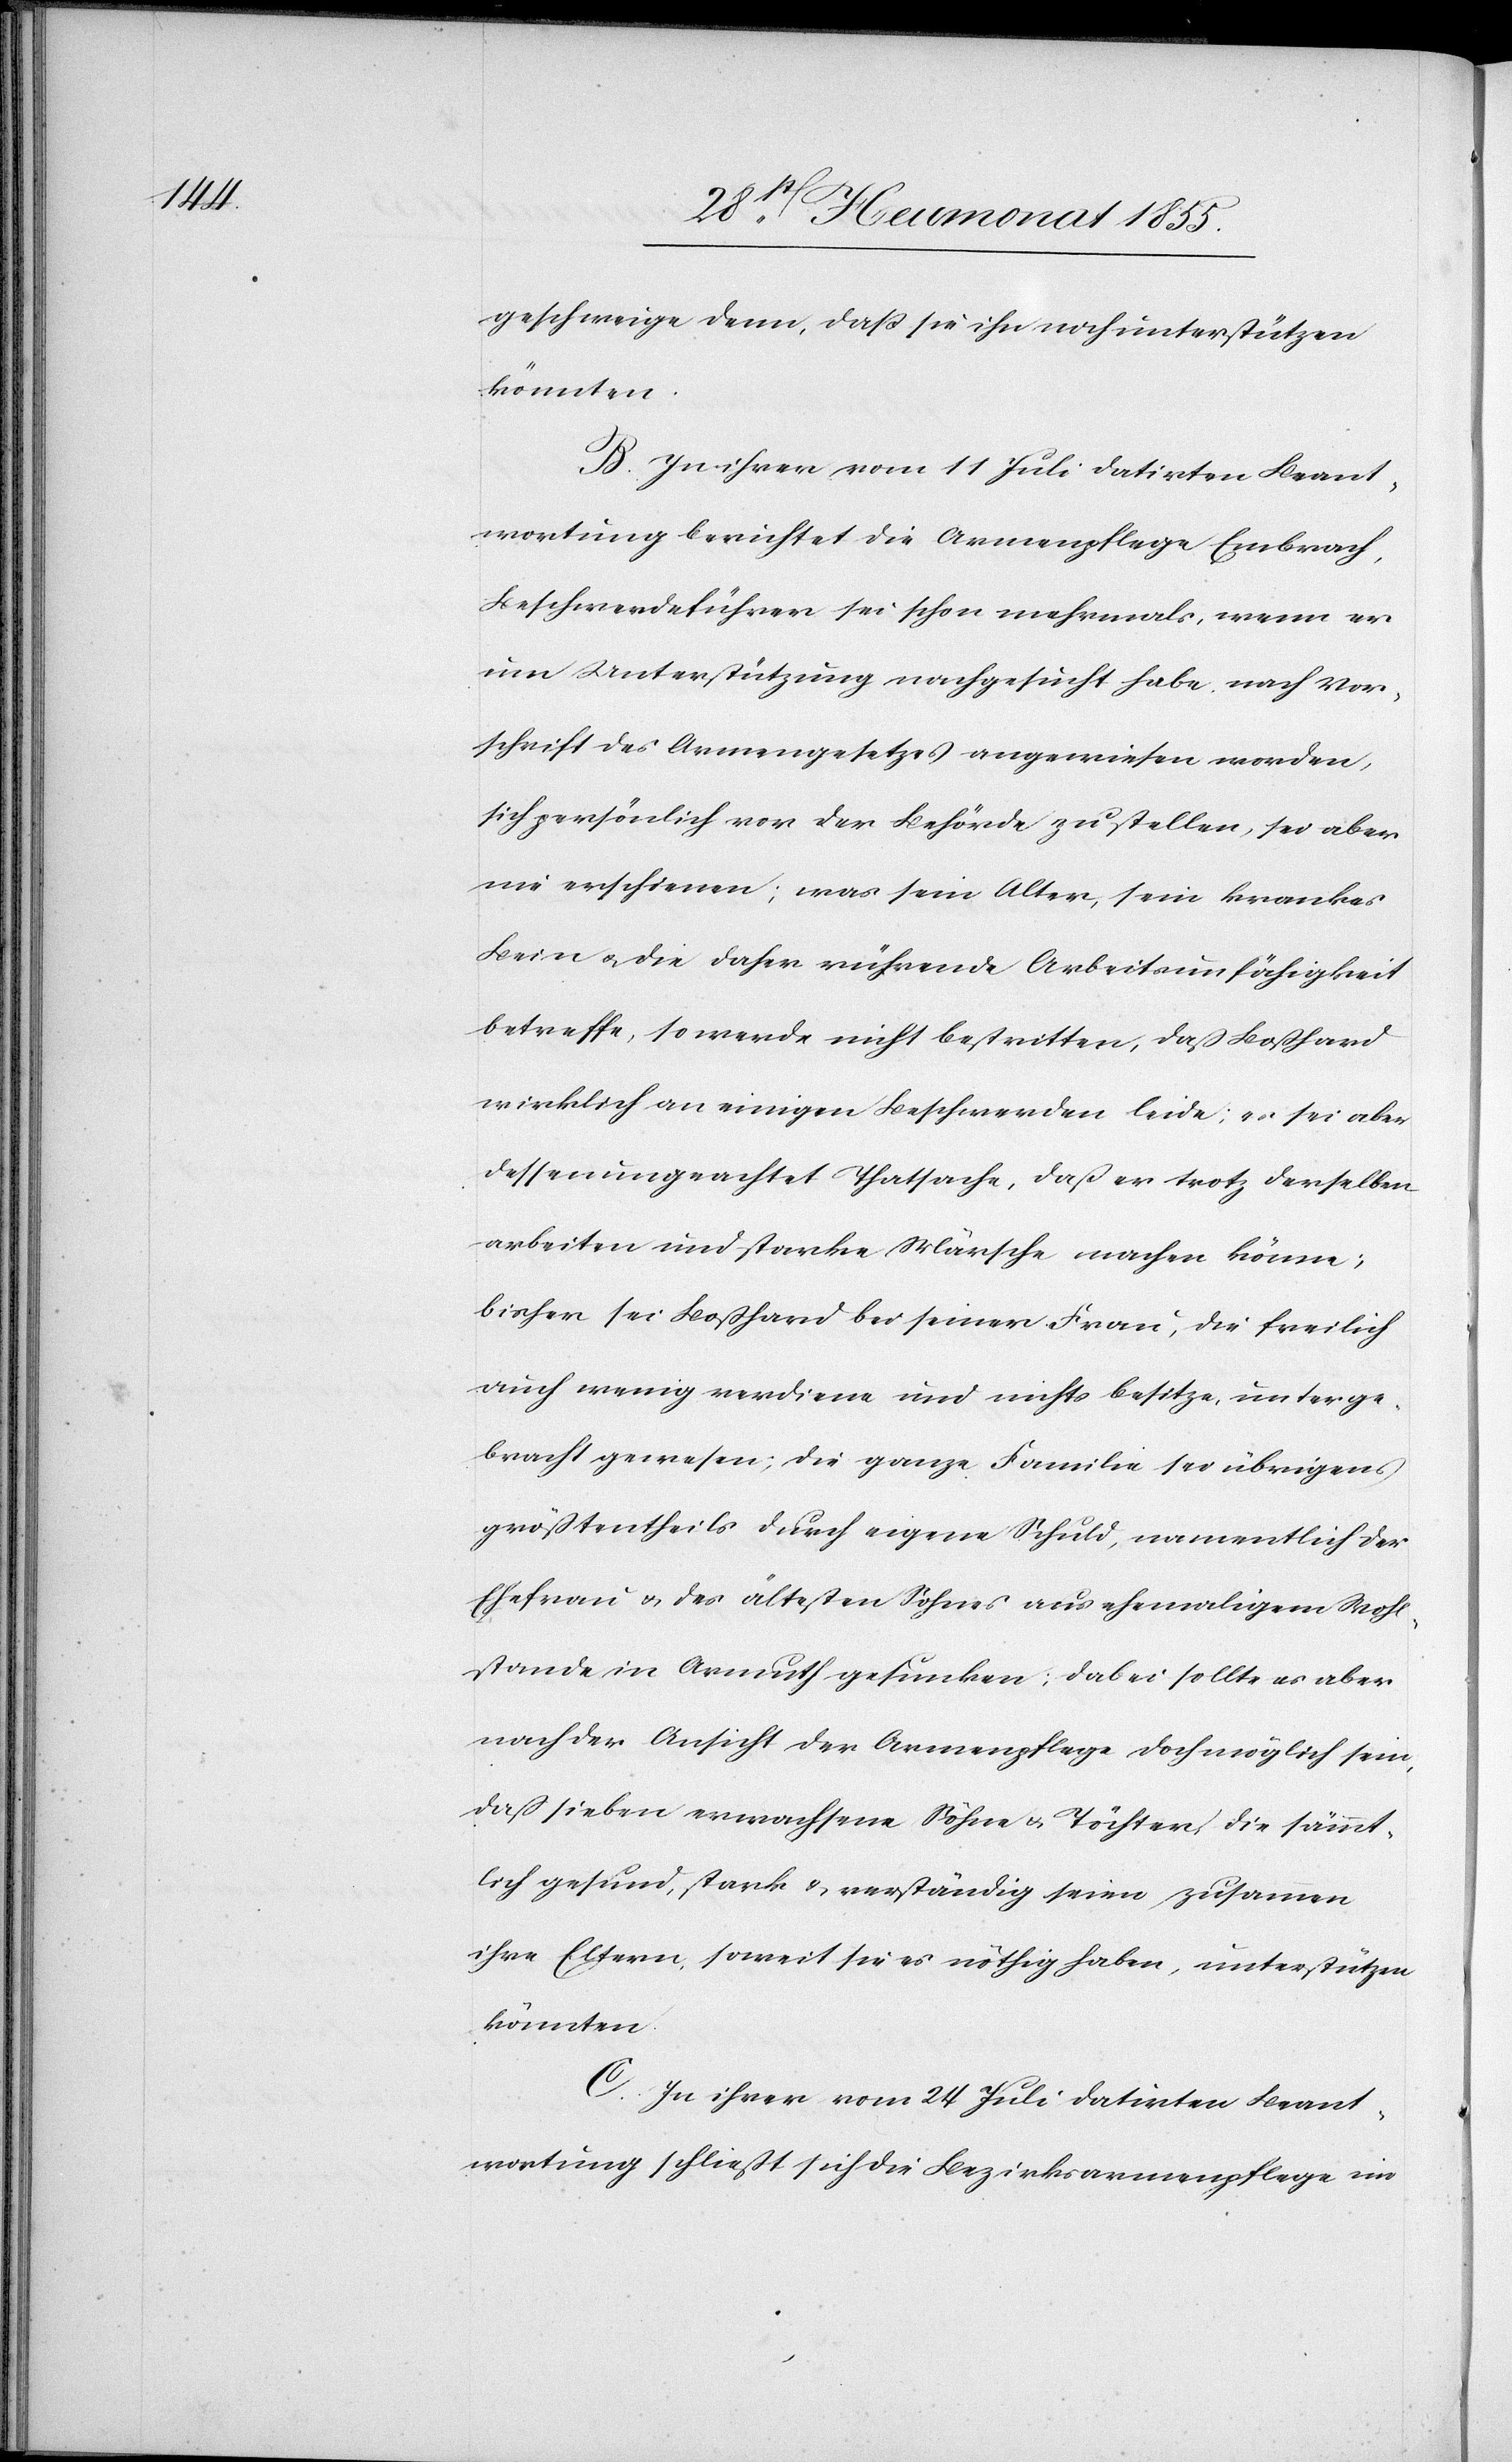
geschweige denn, daß sie ihn noch unterstützen
könnten.
B. In ihrer vom 11 Juli datirten Beant¬
wortung berichtet die Armenpflege Embrach,
Beschwerdeführer sei schon mehrmals, wenn er
um Unterstützung nachgesucht habe, nach Vor¬
schrift des Armengesetzes angewiesen worden,
sich persönlich vor der Behörde zu stellen, sei aber
nie erschienen; was sein Alter, sein krankes
Bein & die daher rührende Arbeitsunfähigkeit
betreffe, so werde nicht bestritten, daß Boßhard
wirklich an einigen Beschwerden leide; es sei aber
dessenungeachtet Thatsache, daß er trotz derselben
arbeiten und starke Märsche machen könne;
bisher sei Boßhard bei seiner Frau, die freilich
auch wenig verdiene und nichts besitze, unterge¬
bracht gewesen; die ganze Familie sei übrigens
größtentheils durch eigene Schuld, namentlich der
Ehefrau & des ältesten Sohnes aus ehemaligem Wohl¬
stande in Armuth gesunken; dabei sollte es aber
nach der Ansicht der Armenpflege doch möglich sein,
daß sieben erwachsene Söhne & Töchter, die sämmt¬
lich gesund, stark & verständig seien, zusammen
ihre Eltern, soweit sie es nöthig haben, unterstützen
könnten.
C. In ihrer vom 24 Juli datirten Beant¬
wortung schließt sich die Bezirksarmenpflege im